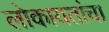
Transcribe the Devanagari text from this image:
लोकायतांचा